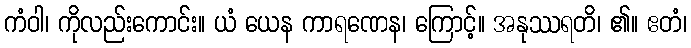
ကံဝါ၊ ကိုလည်းကောင်း။ ယံ ယေန ကာရဏေန၊ ကြောင့်။ အနုဿရတိ၊ ၏။ ဧတံ၊